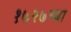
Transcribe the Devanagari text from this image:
१७२७च्या